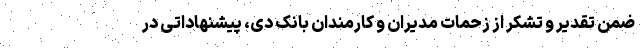
ضمن تقدیر و تشکر از زحمات مدیران و کارمندان بانک دی، پیشنهاداتی در